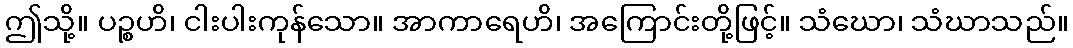
ဤသို့။ ပဉ္စဟိ၊ ငါးပါးကုန်သော။ အာကာရေဟိ၊ အကြောင်းတို့ဖြင့်။ သံဃော၊ သံဃာသည်။